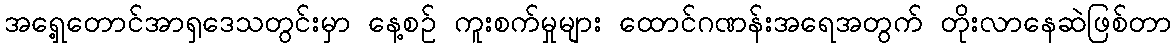
အရှေ့တောင်အာရှဒေသတွင်းမှာ နေ့စဥ် ကူးစက်မှုများ ထောင်ဂဏန်းအရေအတွက် တိုးလာနေဆဲဖြစ်တာ